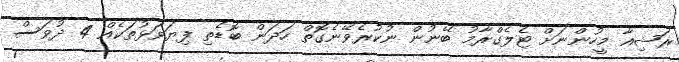
ރަޝިއާ މީހުންނަށް ޓެލެގްރާމު ބޭނުން ނުކުރެވޭނެގޮތް ހަދަން ބޮޑެތި ފިޔަވަޅުތަކެއް 4 ދުވަސް